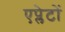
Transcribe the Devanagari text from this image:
एप्लेटों